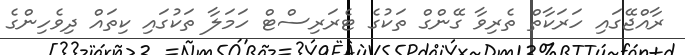
ރާއްޖޭގައި ހަރަކާތް ތެރިވާ ގޭންގް ތަކުގެ ޓެރަރިސްޓް ހަމަލާ ތަކުގައި ކިތައް ދިވެހިންގެ